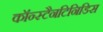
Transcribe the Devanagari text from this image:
कॉन्स्टैनटिनिडिस